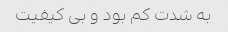
به شدت کم بود و بی کیفیت